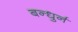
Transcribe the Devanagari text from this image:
बन्धुर्न